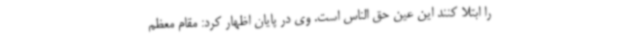
را ابتلا کنند این عین حق الناس است. وی در پایان اظهار کرد: مقام معظم